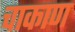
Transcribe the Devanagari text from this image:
चाकाण